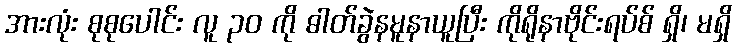
အားလုံး စုစုပေါင်း လူ ၃၀ ကို ဓါတ်ခွဲနမူနာယူပြီး ကိုရိုနာဗိုင်းရပ်စ် ရှိ၊ မရှိ